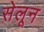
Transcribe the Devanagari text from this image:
सेलून